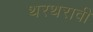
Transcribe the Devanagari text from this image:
थरथरावी